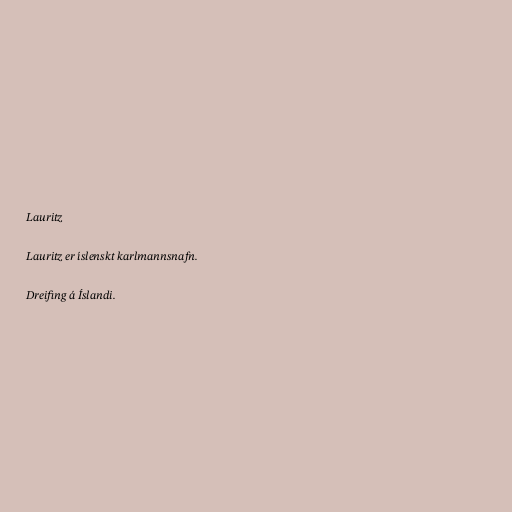
Lauritz

Lauritz er íslenskt karlmannsnafn.

Dreifing á Íslandi.